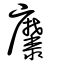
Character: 𪎭